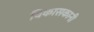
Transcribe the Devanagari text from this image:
विकासकानी